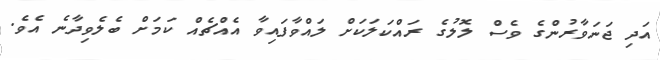
އަދި ޖަނަވާރުންގެ ވެސް ލޮލުގެ ރައްކަލަކަށް ލައްވާފައިވާ އެއްޗެއް ކަމަށް ބެލެވިދާނެ އެވެ.